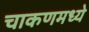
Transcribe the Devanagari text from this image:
चाकणमध्ये